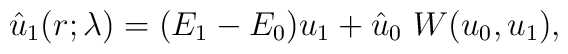
\hat{u}_1(r;\lambda)= (E_1-E_0)u_1 + \hat{u}_0 ~W(u_0,u_1),